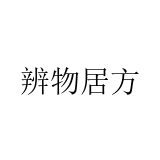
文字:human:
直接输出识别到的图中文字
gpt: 辨物居方